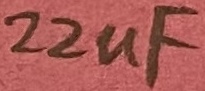
Text: 22uF